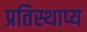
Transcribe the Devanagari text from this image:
प्रतिस्थाप्य